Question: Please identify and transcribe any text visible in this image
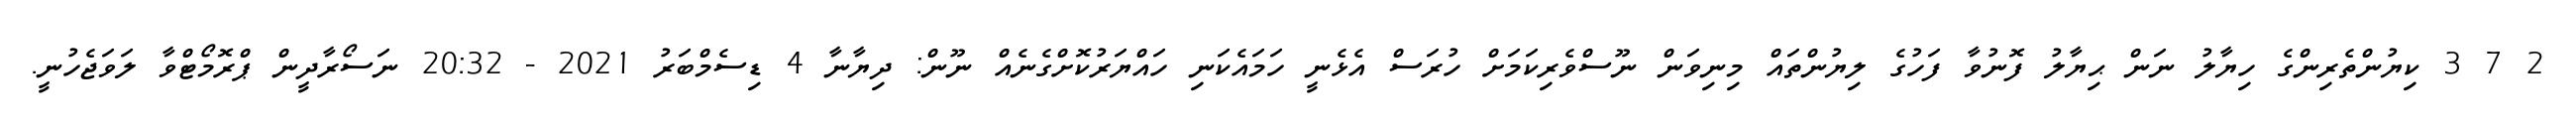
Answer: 2 7 3 ކިޔުންތެރިންގެ ހިޔާލު ނަން ޙިޔާލު ފޮނުވާ ފަހުގެ ލިޔުންތައް މިނިވަން ނޫސްވެރިކަމަށް ހުރަސް އެޅެނީ ހަމައެކަނި ހައްޔަރުކޮށްގެނެއް ނޫން: ދިޔާނާ 4 ޑިސެމްބަރު 2021 - 20:32 ނަސޯރާދީން ޕްރޮމޯޓްވާ ލަވަޖެހުނީ.